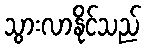
သွားလာနိုင်သည်